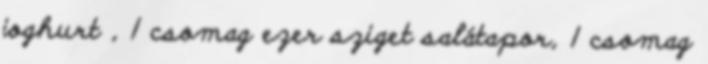
joghurt , 1 csomag ezer sziget salátapor, 1 csomag